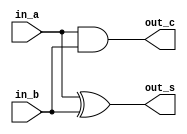
`timescale 1ns / 1ps
//////////////////////////////////////////////////////////////////////////////////
// Company: 
// Engineer: 
// 
// Design Name: 
// Module Name: adder
// Project Name: 
// Target Devices: 
// Tool Versions: 
// Description: 
// 
// Dependencies: 
// 
// Revision:
// Revision 0.01 - File Created
// Additional Comments:
// 
//////////////////////////////////////////////////////////////////////////////////

module halfAdder(
    input in_a,
    input in_b,
    output out_s,
    output out_c
    );

    xor(out_s, in_a, in_b);
    and(out_c, in_a, in_b);

endmodule

module fullAdder(
    input in_a,
    input in_b,
    input in_c,
    output out_s,
    output out_c
    );

    wire a, b, c;
    halfAdder h1(in_a,in_b, a, b);
    halfAdder h2(a, in_c, out_s, c);
    or(out_c, b, c);

endmodule

module fourbit_adder(
    input [3:0] in_a,
    input [3:0] in_b,
    input in_c,
    output [3:0] out_s,
    output out_c
    );

    wire c0, c1, c2;
    
    fullAdder f0(in_a[0],in_b[0],in_c, out_s[0],c0); 
    fullAdder f1(in_a[1],in_b[1],c0, out_s[1],c1); 
    fullAdder f2(in_a[2],in_b[2],c1, out_s[2],c2); 
    fullAdder f3(in_a[3],in_b[3],c2, out_s[3],out_c); 
    
endmodule

module adder(
    input [23:0] in_a,
    input [23:0] in_b,
    input in_c,
    output [23:0] out_s,
    output out_c,
    output blinking
    );

    wire c0, c1, c2, c3, c4, c5;
    assign blinking = ~blinking & out_s[23];
    assign out_s = ~out_c & out_s;
    fourbit_adder f0({in_a[3],in_a[2],in_a[1],in_a[0]},{in_b[3],in_b[2],in_b[1],in_b[0]},in_c, {out_s[3],out_s[2],out_s[1],out_s[0]},c0); 
    fourbit_adder f1({in_a[7],in_a[6],in_a[5],in_a[4]},{in_b[7],in_b[6],in_b[5],in_b[4]},c0, {out_s[7],out_s[6],out_s[5],out_s[4]},c1); 
    fourbit_adder f2({in_a[11],in_a[10],in_a[9],in_a[8]},{in_b[11],in_b[10],in_b[9],in_b[8]},c1, {out_s[11],out_s[10],out_s[9],out_s[8]},c2); 
    fourbit_adder f3({in_a[15],in_a[14],in_a[13],in_a[12]},{in_b[15],in_b[14],in_b[13],in_b[12]},c3, {out_s[15],out_s[14],out_s[13],out_s[12]},c4); 
    fourbit_adder f4({in_a[19],in_a[18],in_a[17],in_a[16]},{in_b[19],in_b[18],in_b[17],in_b[16]},c4, {out_s[19],out_s[18],out_s[17],out_s[16]},c5); 
    fourbit_adder f5({in_a[23],in_a[22],in_a[21],in_a[20]},{in_b[23],in_b[22],in_b[21],in_b[20]},c5, {out_s[23],out_s[22],out_s[21],out_s[20]},out_c); 

endmodule